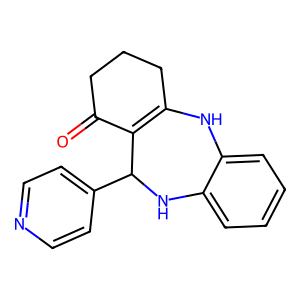
SMILES: O=C1CCCC2=C1C(c1ccncc1)Nc1ccccc1N2
Inhibits HIV replication: No